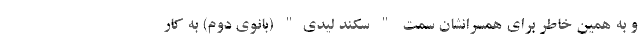
و به همین خاطر برای همسرانشان سمت " سکند لیدی" (بانوی دوم) به کار